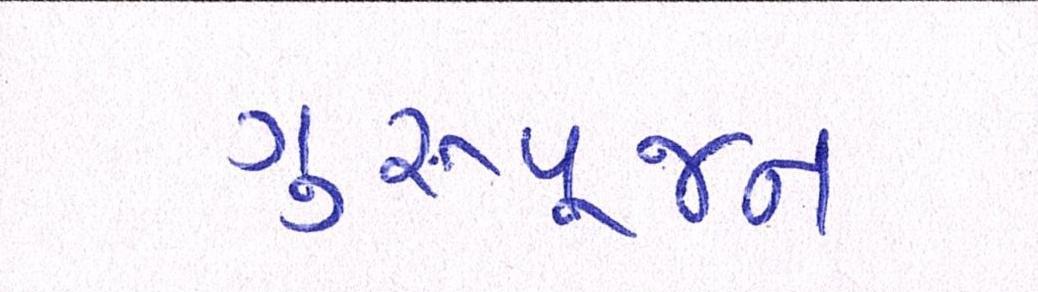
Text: ગુરૂપૂજન